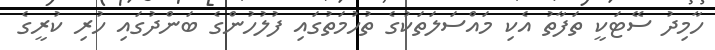
ހާމިދު ސޭޓަކީ ތަފާތު އެކި މައްސަލަތަކުގެ ތުހުމަތުގައި ފުލުހުންގެ ބަންދުގައި ހުރި ކުރީގެ